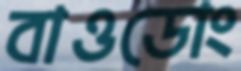
বাওডোং